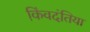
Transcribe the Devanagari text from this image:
किंवदंतिया